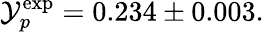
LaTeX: \mathcal{Y}_{p}^{\mathrm{{exp}}}=0.234\pm0.003.